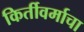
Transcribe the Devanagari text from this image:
किर्तीवर्माचा